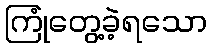
ကြုံတွေ့ခဲ့ရသော